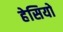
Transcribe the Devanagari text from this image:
हेसियो